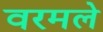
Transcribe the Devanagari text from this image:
वरमले